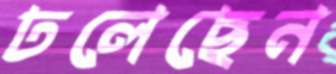
ঢলেছেন